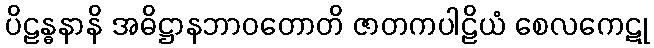
ပိဠန္ဓနာနိ အဓိဋ္ဌာနဘာဝတောတိ ဇာတကပါဠိယံ စေလကေဋု